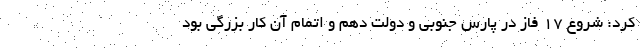
کرد: شروع 17 فاز در پارس جنوبی و دولت دهم و اتمام آن کار بزرگی بود